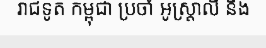
រាជទូត កម្ពុជា ប្រចាំ អូស្ត្រាលី និង